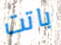
باتت